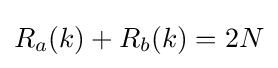
R_{a}(k)+R_{b}(k)=2N